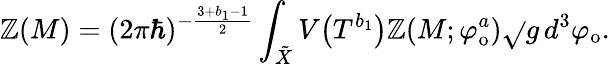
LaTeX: \mathbb{Z}(M)=(2\pi\hbar)^{-\frac{{3+b_{1}-1}}{{2}}}\int_{\tilde{{X}}}V\big(T^{b_{1}}\big)\mathbb{Z}(M;\varphi_{\mathrm{{o}}}^{a})\sqrt{}{{g}}\, d^{3}\varphi_{\mathrm{{o}}}.